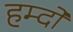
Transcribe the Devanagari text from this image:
हम्दो